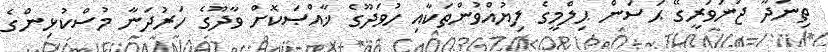
ތިނަދޫ ޖަނަވަރީގޭ ޙަސަން ޙިލްމީގެ ލިޔުއްވުންތަކާއި ހުވަދޫގެ ޚާއްޞަކޮށް ވާދޫގެ ހަރުދަނާ މުސްކުޅިންގެ